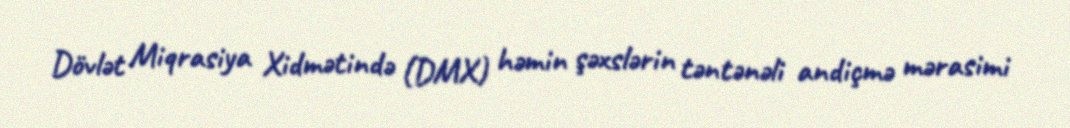
Dövlət Miqrasiya Xidmətində (DMX) həmin şəxslərin təntənəli andiçmə mərasimi